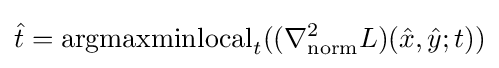
{\hat {t}}=\operatorname {argmaxminlocal} _{t}((\nabla _{\mathrm {norm} }^{2}L)({\hat {x}},{\hat {y}};t))